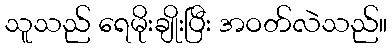
သူသည် ရေမိုးချိုးပြီး အဝတ်လဲသည်။